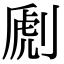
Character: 𠞄